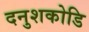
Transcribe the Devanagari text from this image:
दनुशकोडि